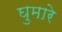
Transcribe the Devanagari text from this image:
घुमारे